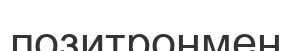
позитронмен